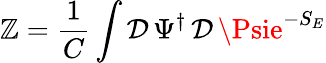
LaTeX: \mathbb{Z}=\frac{{1}}{{C}}\int\mathcal{{D}}\, \Psi^{\dagger}\, \mathcal{{D}}\, \Psie^{-S_{E}}